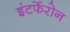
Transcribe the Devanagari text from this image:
इंटर्फेरोन